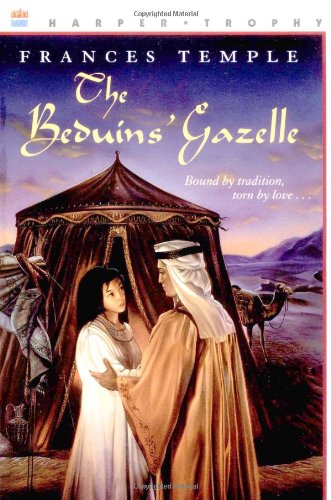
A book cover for The Beduins' Gazelle (Harper Trophy Books); Frances Temple; Teen & Young Adult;